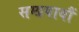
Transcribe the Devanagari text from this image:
सम्प्रयायौं